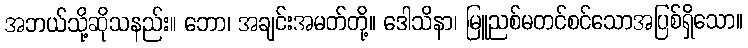
အဘယ်သို့ဆိုသနည်း။ ဘော၊ အချင်းအမတ်တို့။ ဒေါသိနာ၊ မြူညစ်မတင်စင်သောအပြစ်ရှိသော။